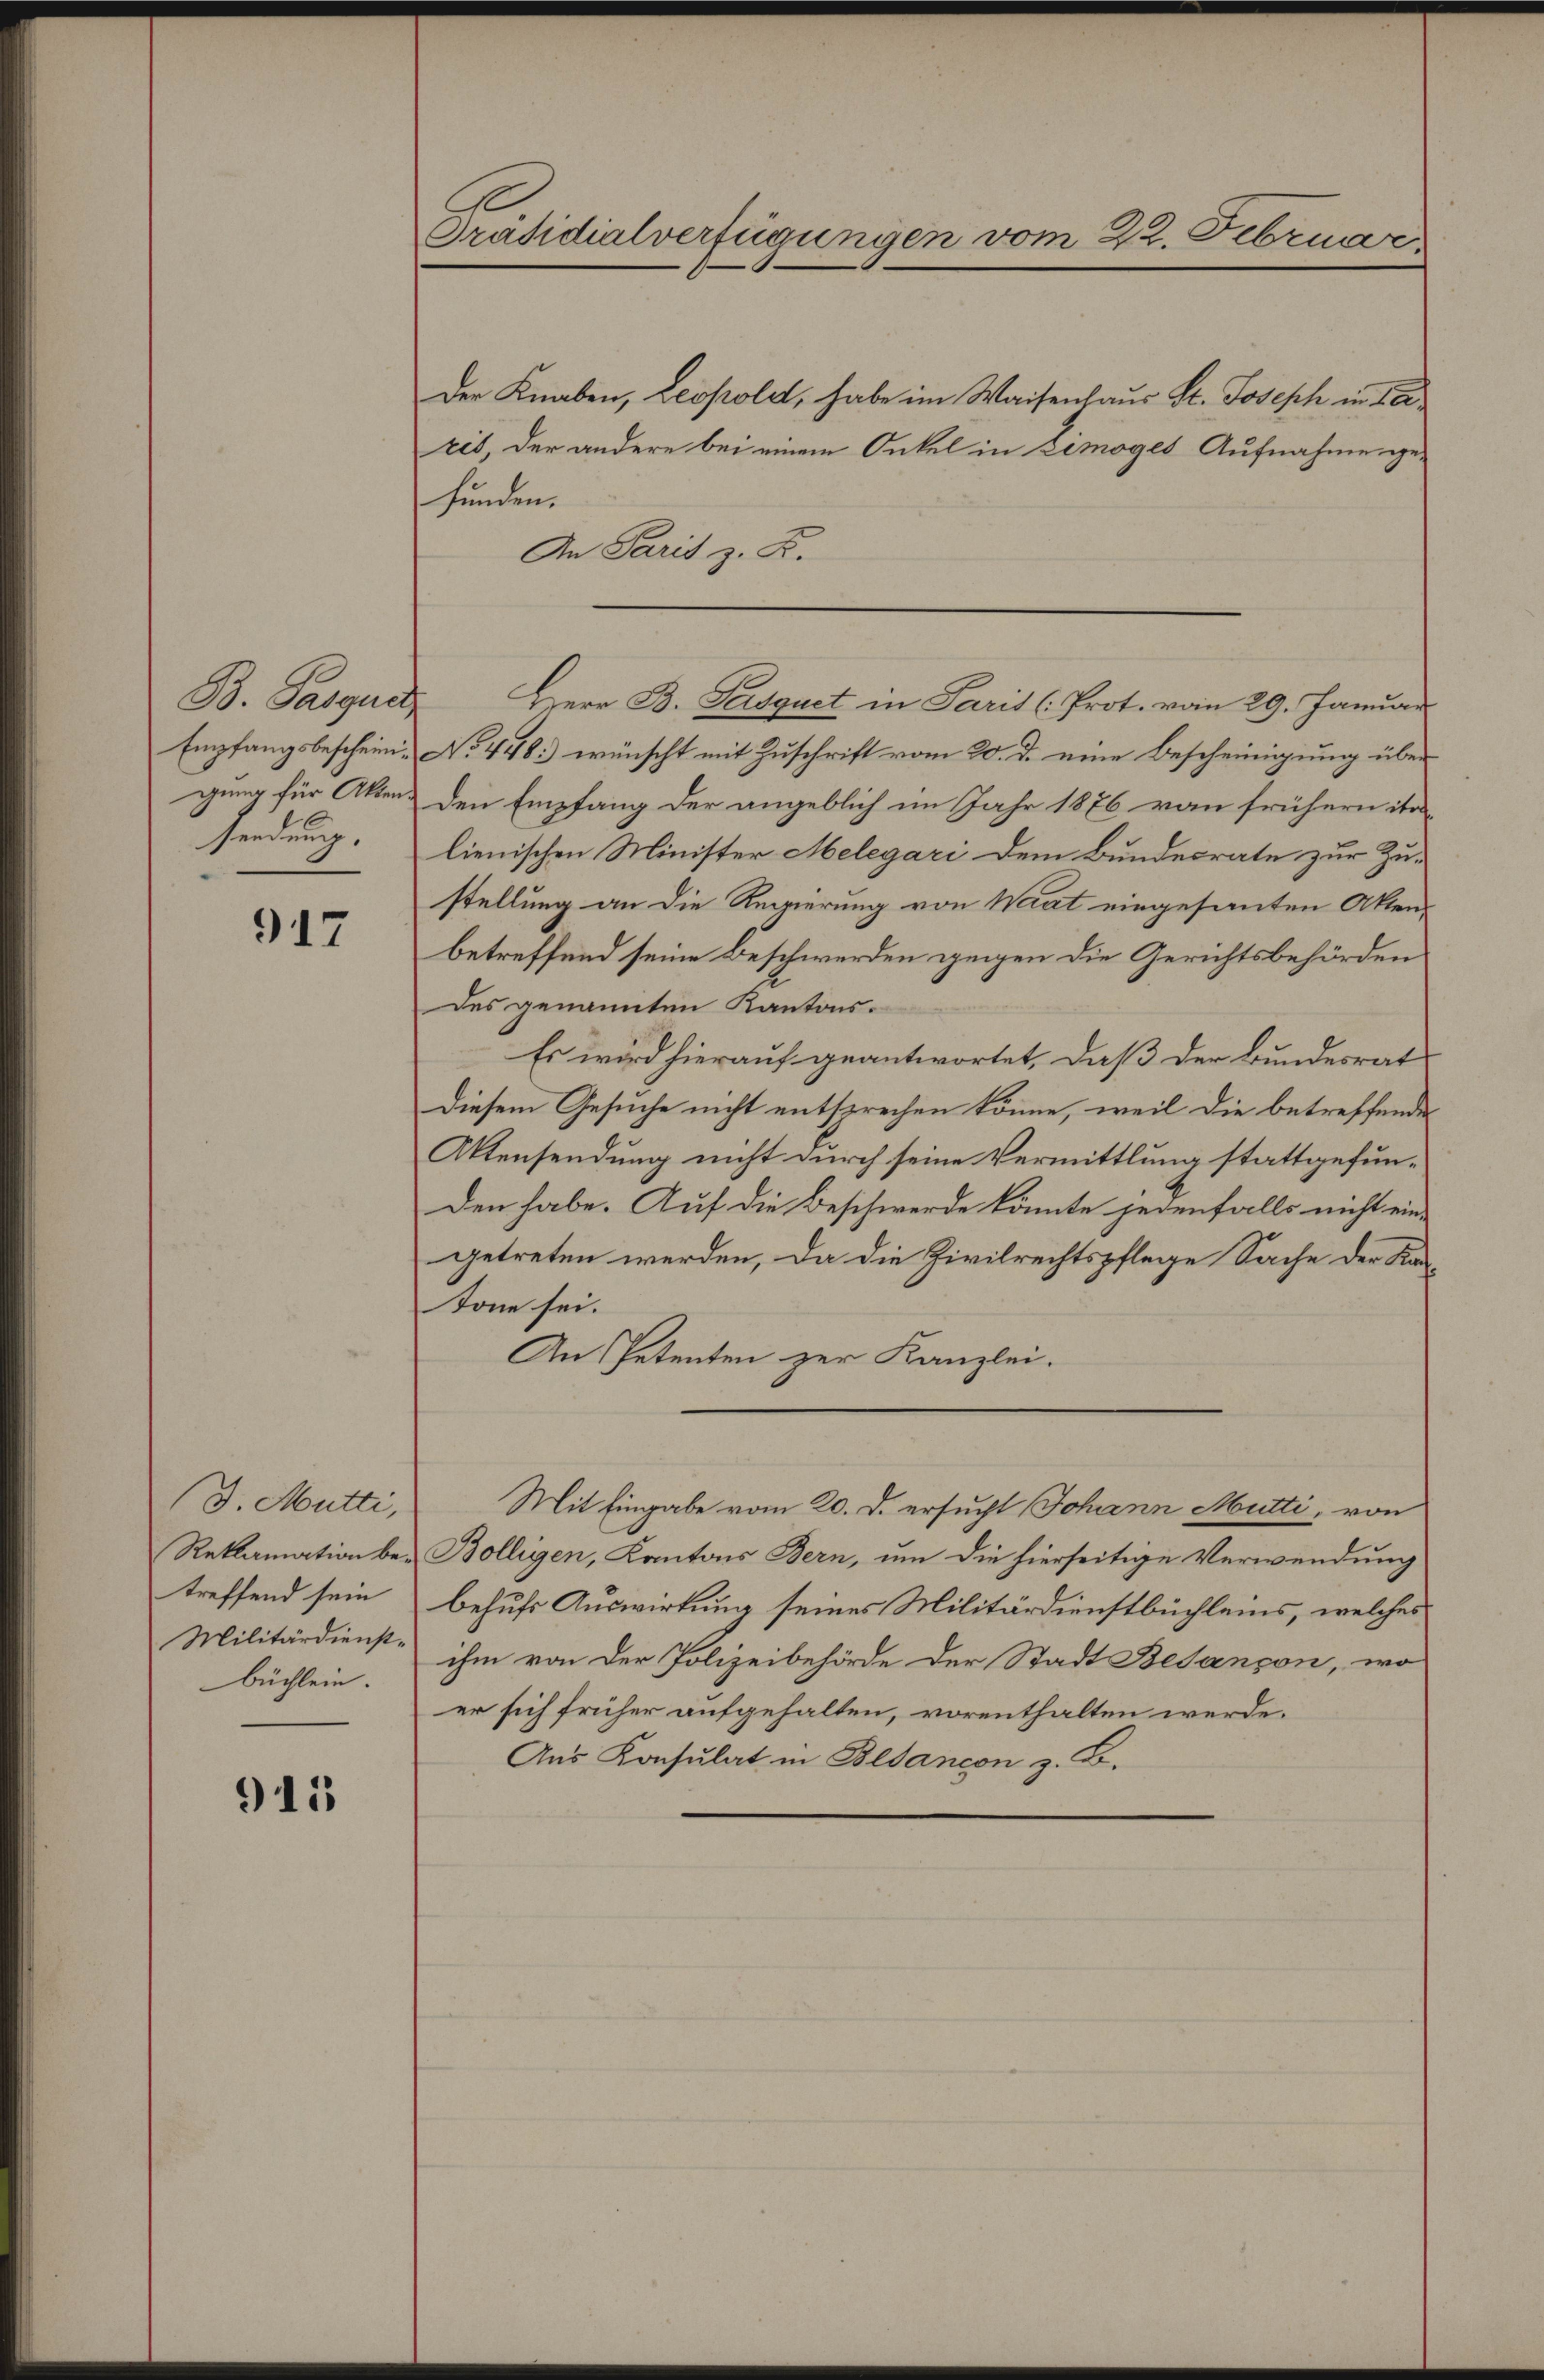
B. Passun
sendung.

917

(J. Mütti,
büchlein.

911

Präsidialverfügungen vom 22. Februar

Der Knaben, Leopold, habe im Waisenhaus St. Joseph in de
ris, der andere bei einem Onkel in Zimoges Aufnahme ge-
funden.
An Paris z. B.
Empfangsbeschein No 448.) wünscht mit Zuschrift vom 20. d. eine Bescheinigung über
gung für Akten. Den Empfang der angeblich im Jahr 1876 von frühern ita
lienischen Minister Melegari dem Bundesrate zur Zustellung an die Regierung von Wart eingesanten Aktenbetreffend seine Beschwerden gegen die Gerichtsbehörden
des genannten Kantons¬
Es wird hierauf geantwortet, daß der Bundesrat
Diesem Gesuche nicht entsprechen könne, weil die betreffende
Aktensendung nicht durch seine Vermittlung stattgefunden habe. Auf die Beschwerde könnte jedenfalls nicht ein-
getreten werden, da die Zivilrechtspflege Sache der Kan¬
Tone sei.
An Petenten zur Kanzlei.
Mit Eingabe vom 20. d. ersucht Johann Mutti, von
Reklamation bei Bolligen, Kantons Bern, um die hierseitige Verwendung
treffend sein behufs Auswirkung seines Militärdienstbüchleins, welches
Militärdienst ihm von der Polizeibehörde der Stadt Besançon, wo
er sich früher aufgehalten, vorenthalten werde.
Aus Konsulat in Blancon z. B.

Herr B. Persquet in Parit (Prot. vom 29. Januar